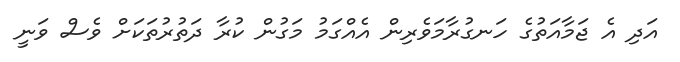
އަދި އެ ޖަމާއަތުގެ ހަނގުރާމަވެރިން އެއްގަމު މަގުން ކުރާ ދަތުރުތަކަށް ވެސް ވަނީ